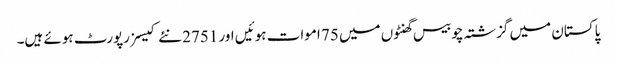
پاکستان میں گزشتہ چوبیس گھنٹوں میں 75 اموات ہوئیں اور 2751 نئے کیسز رپورٹ ہوئے ہیں۔